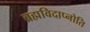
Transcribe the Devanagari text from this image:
ब्रह्मविदाप्नोति